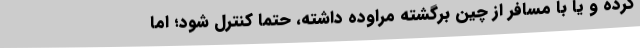
کرده و یا با مسافر از چین برگشته مراوده داشته، حتما کنترل شود؛ اما